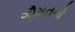
ગૌમતનો